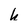
Character: h